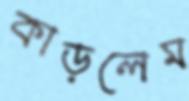
কাড়লেম